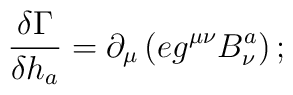
\;{\displaystyle{\frac{\delta \Gamma }{\delta h_a}}}=\partial _\mu \left(eg^{\mu \nu }B_\nu ^a\right) ;